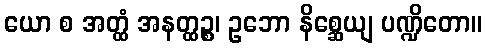
ယော စ အတ္ထံ အနတ္ထဉ္စ၊ ဥဘော နိစ္ဆေယျ ပဏ္ဍိတော။